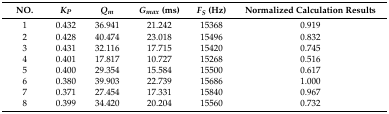
<table><thead><tr><td><b>NO.</b></td><td><b><i>K<sub>P</sub></i></b></td><td><b><i>Q<sub>m</sub></i></b></td><td><b><i>G<sub>max</sub></i> (ms)</b></td><td><b><i>F<sub>S</sub></i> (Hz)</b></td><td><b>Normalized Calculation Results</b></td></tr></thead><tbody><tr><td>1</td><td>0.432</td><td>36.941</td><td>21.242</td><td>15368</td><td>0.919</td></tr><tr><td>2</td><td>0.428</td><td>40.474</td><td>23.018</td><td>15496</td><td>0.832</td></tr><tr><td>3</td><td>0.431</td><td>32.116</td><td>17.715</td><td>15420</td><td>0.745</td></tr><tr><td>4</td><td>0.401</td><td>17.817</td><td>10.727</td><td>15268</td><td>0.516</td></tr><tr><td>5</td><td>0.400</td><td>29.354</td><td>15.584</td><td>15500</td><td>0.617</td></tr><tr><td>6</td><td>0.380</td><td>39.903</td><td>22.739</td><td>15686</td><td>1.000</td></tr><tr><td>7</td><td>0.371</td><td>27.454</td><td>17.331</td><td>15840</td><td>0.967</td></tr><tr><td>8</td><td>0.399</td><td>34.420</td><td>20.204</td><td>15560</td><td>0.732</td></tr></tbody></table>